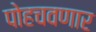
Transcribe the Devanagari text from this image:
पोहचवणार